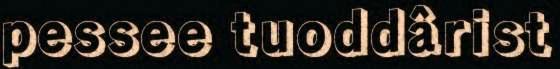
pessee tuoddârist